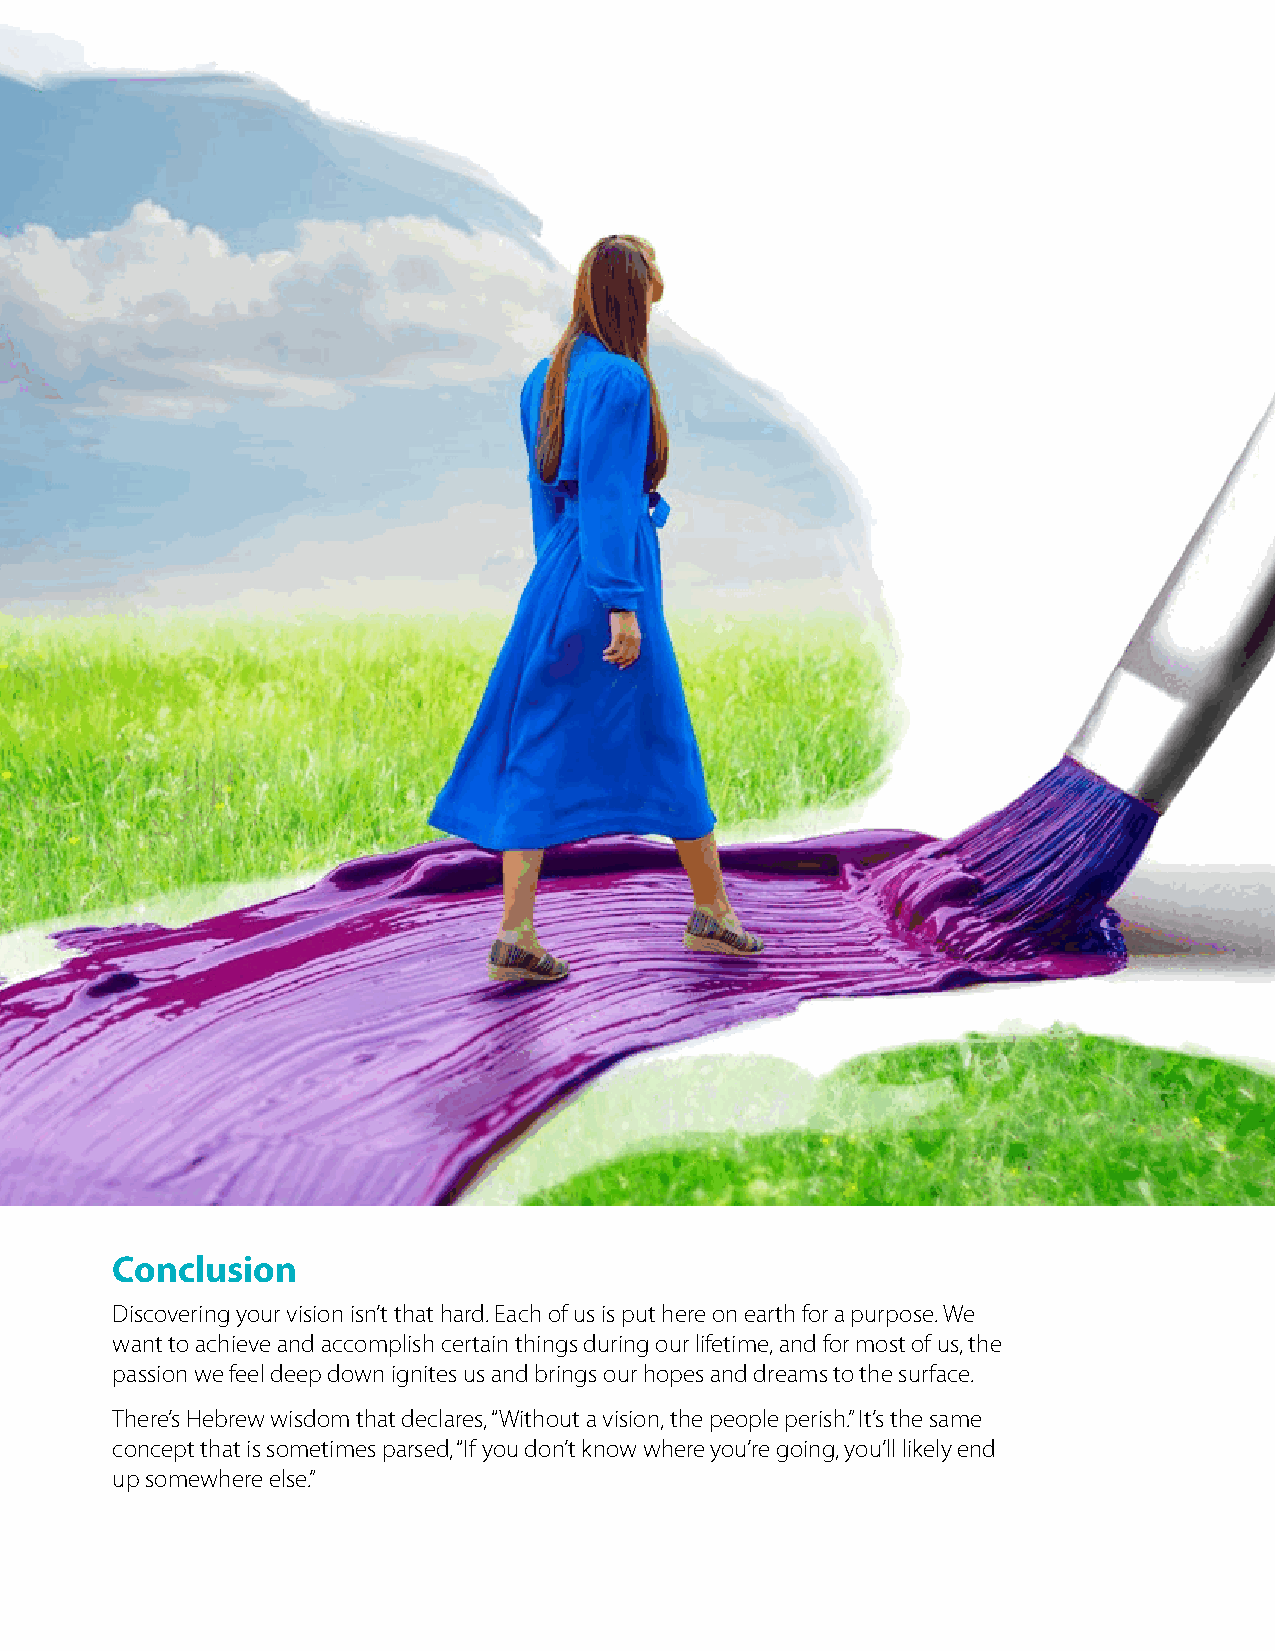
Conclusion
 Discovering your vision isn’t that hard. Each of us is put here on earth for a purpose. We
 want to achieve and accomplish certain things during our lifetime, and for most of us, the
 passion we feel deep down ignites us and brings our hopes and dreams to the surface.
 There’s Hebrew wisdom that declares, “Without a vision, the people perish.” It’s the same
 concept that is sometimes parsed, “If you don’t know where you’re going, you’ll likely end
 up somewhere else.”